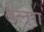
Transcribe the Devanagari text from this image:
तेलुग